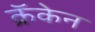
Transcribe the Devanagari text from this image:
क्रॅकेन